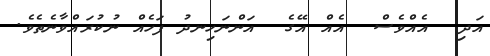
އަދި  އެއްވެސް  އެއް އޭގެ  އަންނަހިނދު ފަހެއް ނުކުރައްވާނެތެވެ.